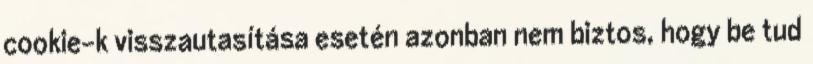
cookie-k visszautasítása esetén azonban nem biztos, hogy be tud